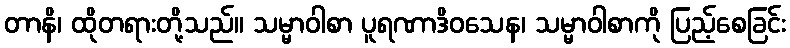
တာနိ၊ ထိုတရားတို့သည်။ သမ္မာဝါစာ ပူရဏာဒိဝသေန၊ သမ္မာဝါစာကို ပြည့်စေခြင်း